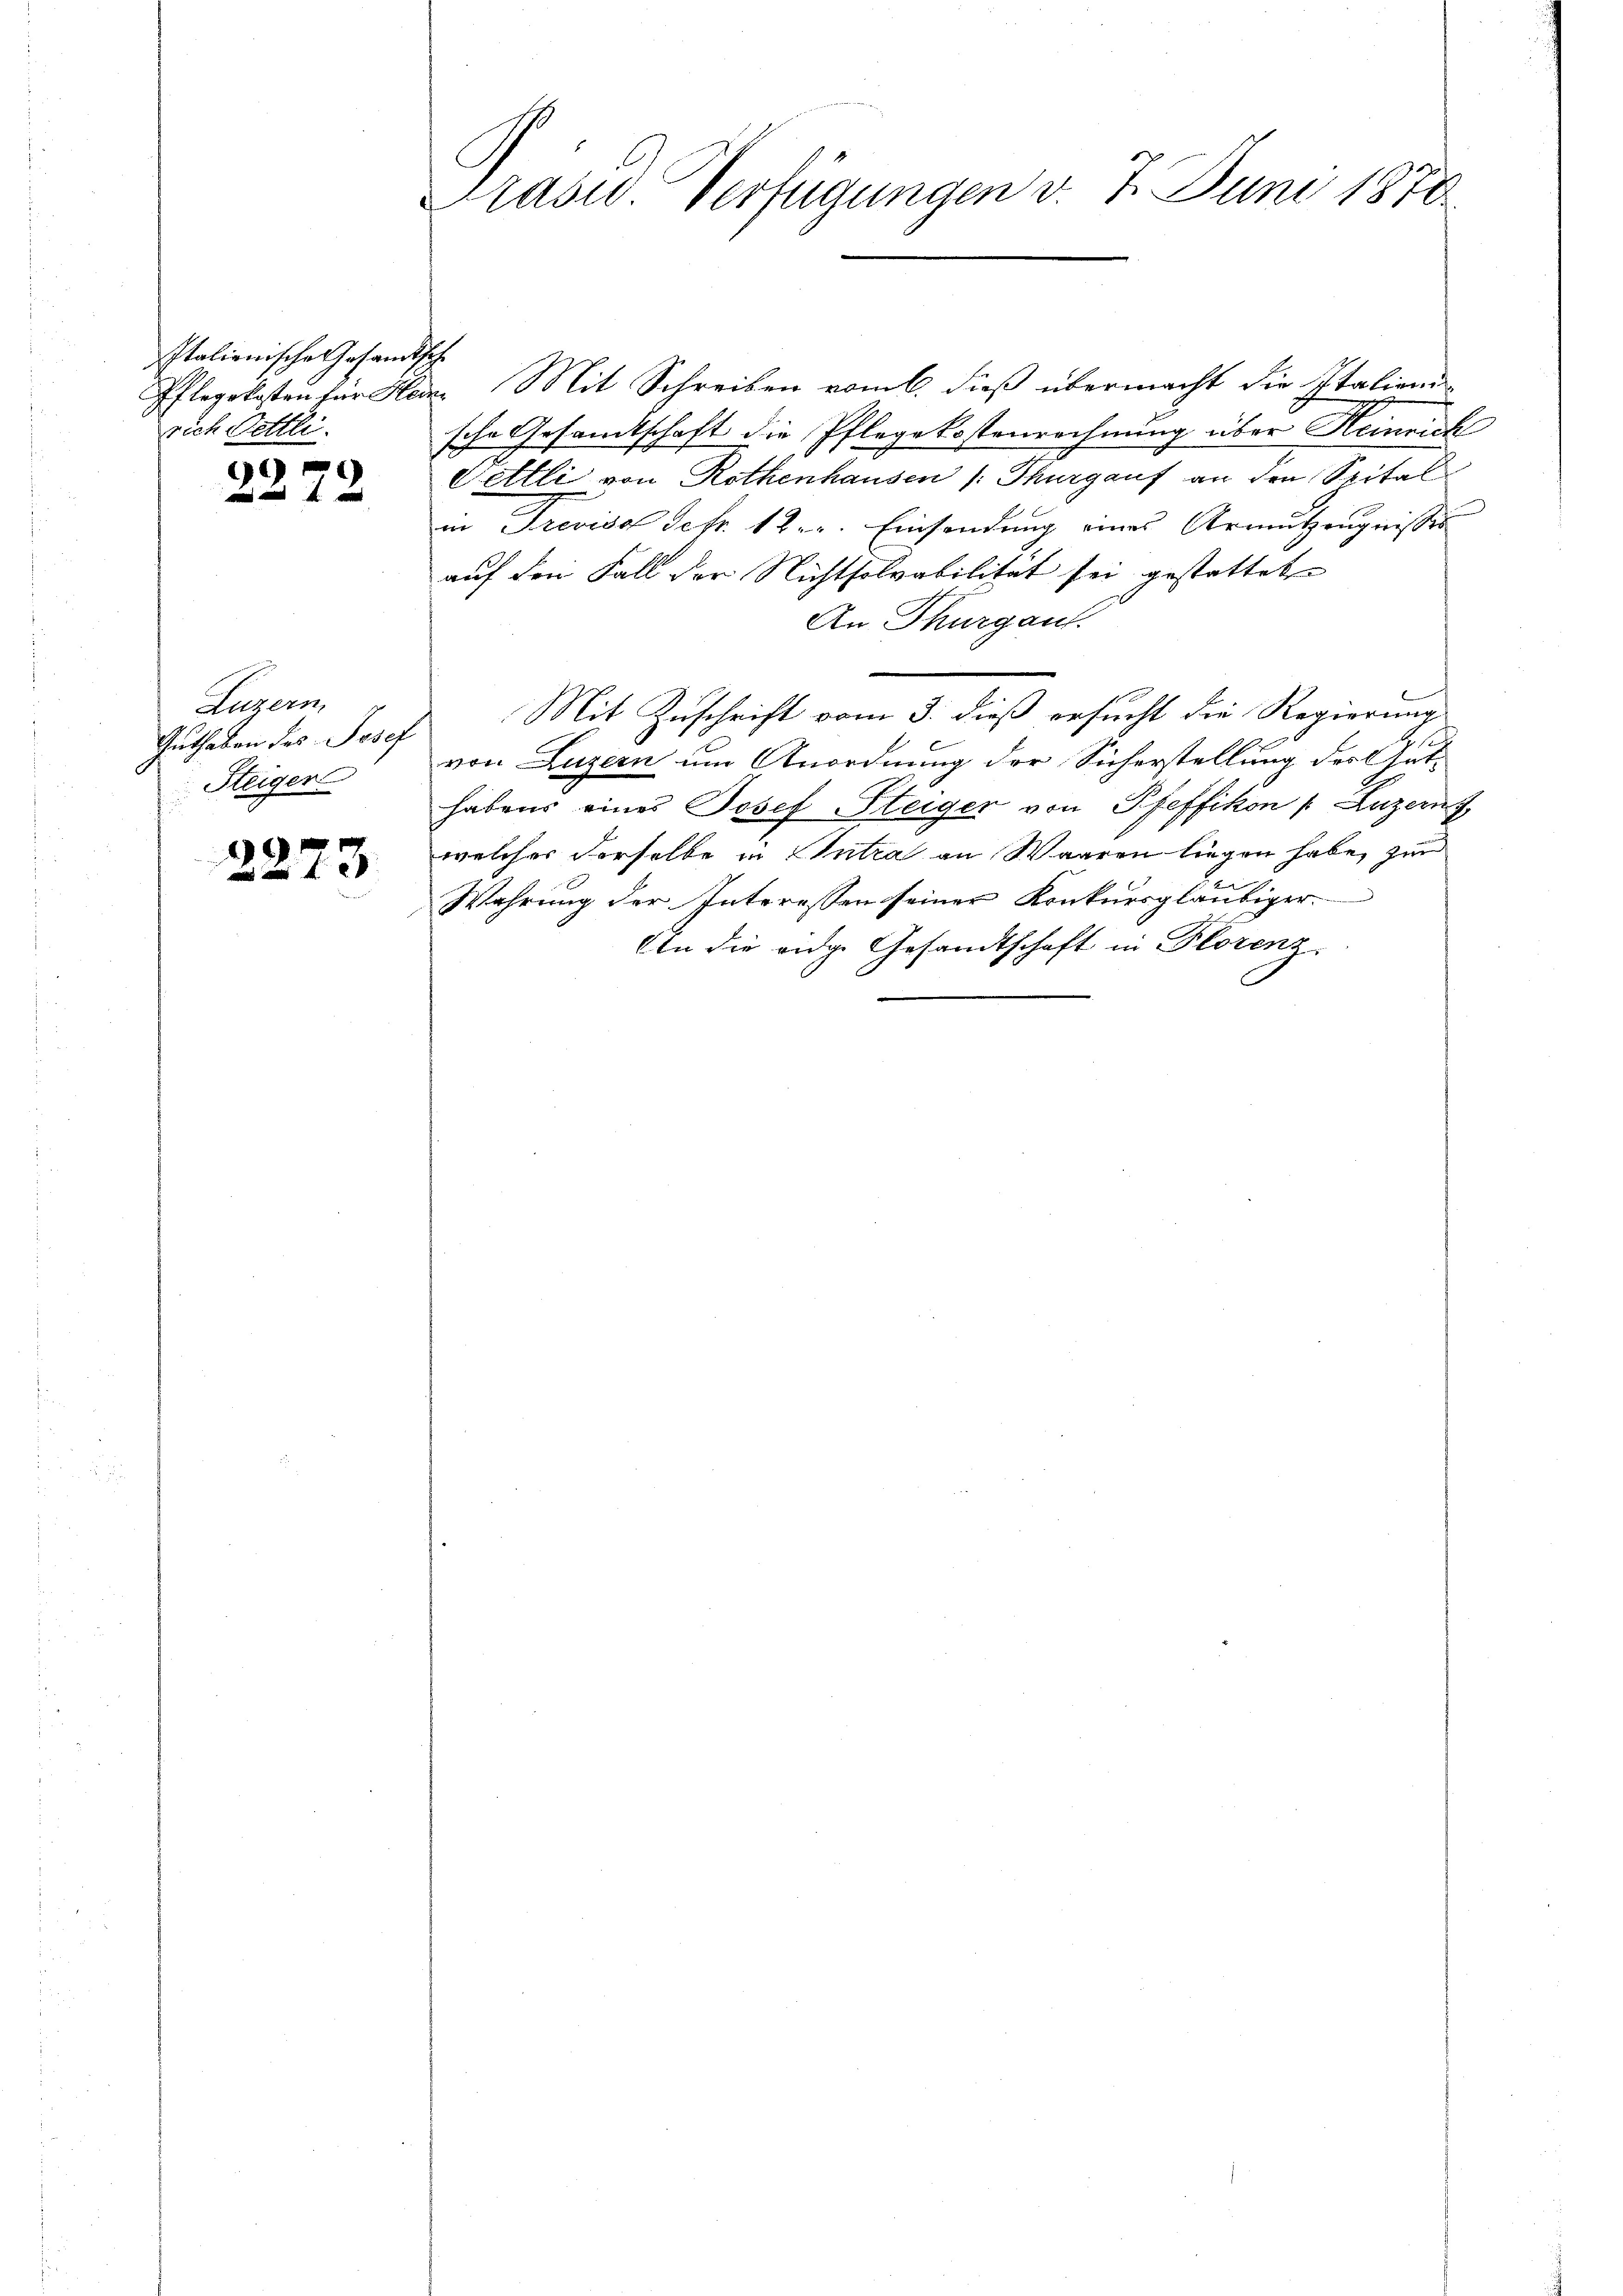
Italienische Gesandtsche
zrich Bettli.

6

3

Luzern
Guthaben des Josef
Steiger

6 f 0

Präsid. Verfügungen v. 7. Juni 1870.

Pflegekosten für Heiz. Mit Schreiben vom 6. dieß übermacht die Italieni
sche Gesandtschaft die Pflegekostenrechnung über Heinrich
Pettli von Rothenhausen Thurgauf an den Spital
in Trevido Sefr. 12. r. Einsendung eines Armutzeugnisses
auf den Fall der Nichtsolvabilität sei gestattet
An Thurgau.
Mit Zuschrift vom 3. dieß ersucht die Regierungs
von Luzern um Anordnung der Sicherstellung des Guthabens eines Josef Steiger von Pfeffikon /: Luzern
welches derselbe in Antra an Waaren liegen habe, zur
Wahrung der Interessen seiner Konkursgläubiger.
An die eidg. Gesandtschaft in Florenz